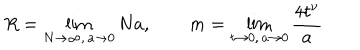
LaTeX: R = \lim _ { N \to \infty , \, a \to 0 } N a , \qquad m = \lim _ { t \to 0 , \, a \to 0 } \frac { 4 t ^ { \nu } } { a }